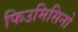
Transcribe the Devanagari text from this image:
फिउमिसिनो